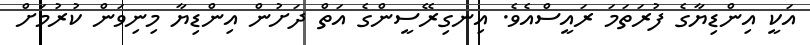
އަކީ އިންޑިޔާގެ ފުރަތަމަ ރައީސްއެވެ. އިނގިރޭސީންގެ އަތް ދަށުން އިންޑިޔާ މިނިވަން ކުރުމަށް